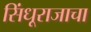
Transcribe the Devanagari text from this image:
सिंधूराजाचा